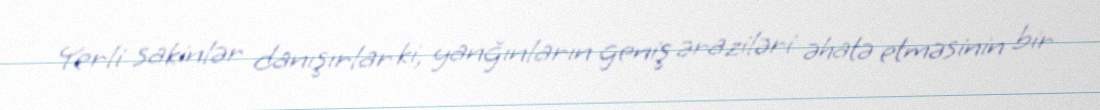
Yerli sakinlər danışırlar ki, yanğınların geniş əraziləri əhatə etməsinin bir